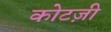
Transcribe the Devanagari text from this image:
कोटज़ी